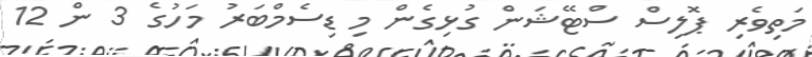
މަތިވެރި ޕޮލިސް ސްޓޭޝަން ގުޅިގެން މި ޑިސެމްބަރު މަހުގެ 3 ން 12